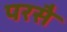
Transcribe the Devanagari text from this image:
परसै